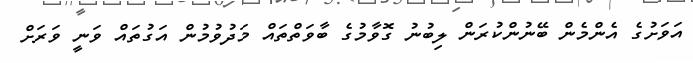
އަވަށުގެ އެންމެން ބޭނުންކުރަން ލިބުނު ގޮވާމުގެ ބާވަތްތައް މަދުވުމުން އަގުތައް ވަނީ ވަރަށް